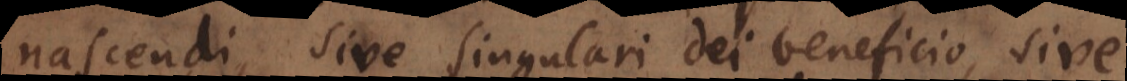
nascendi, sive singulari Dei benificio, sive